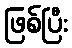
ဖြစ်ပြီး